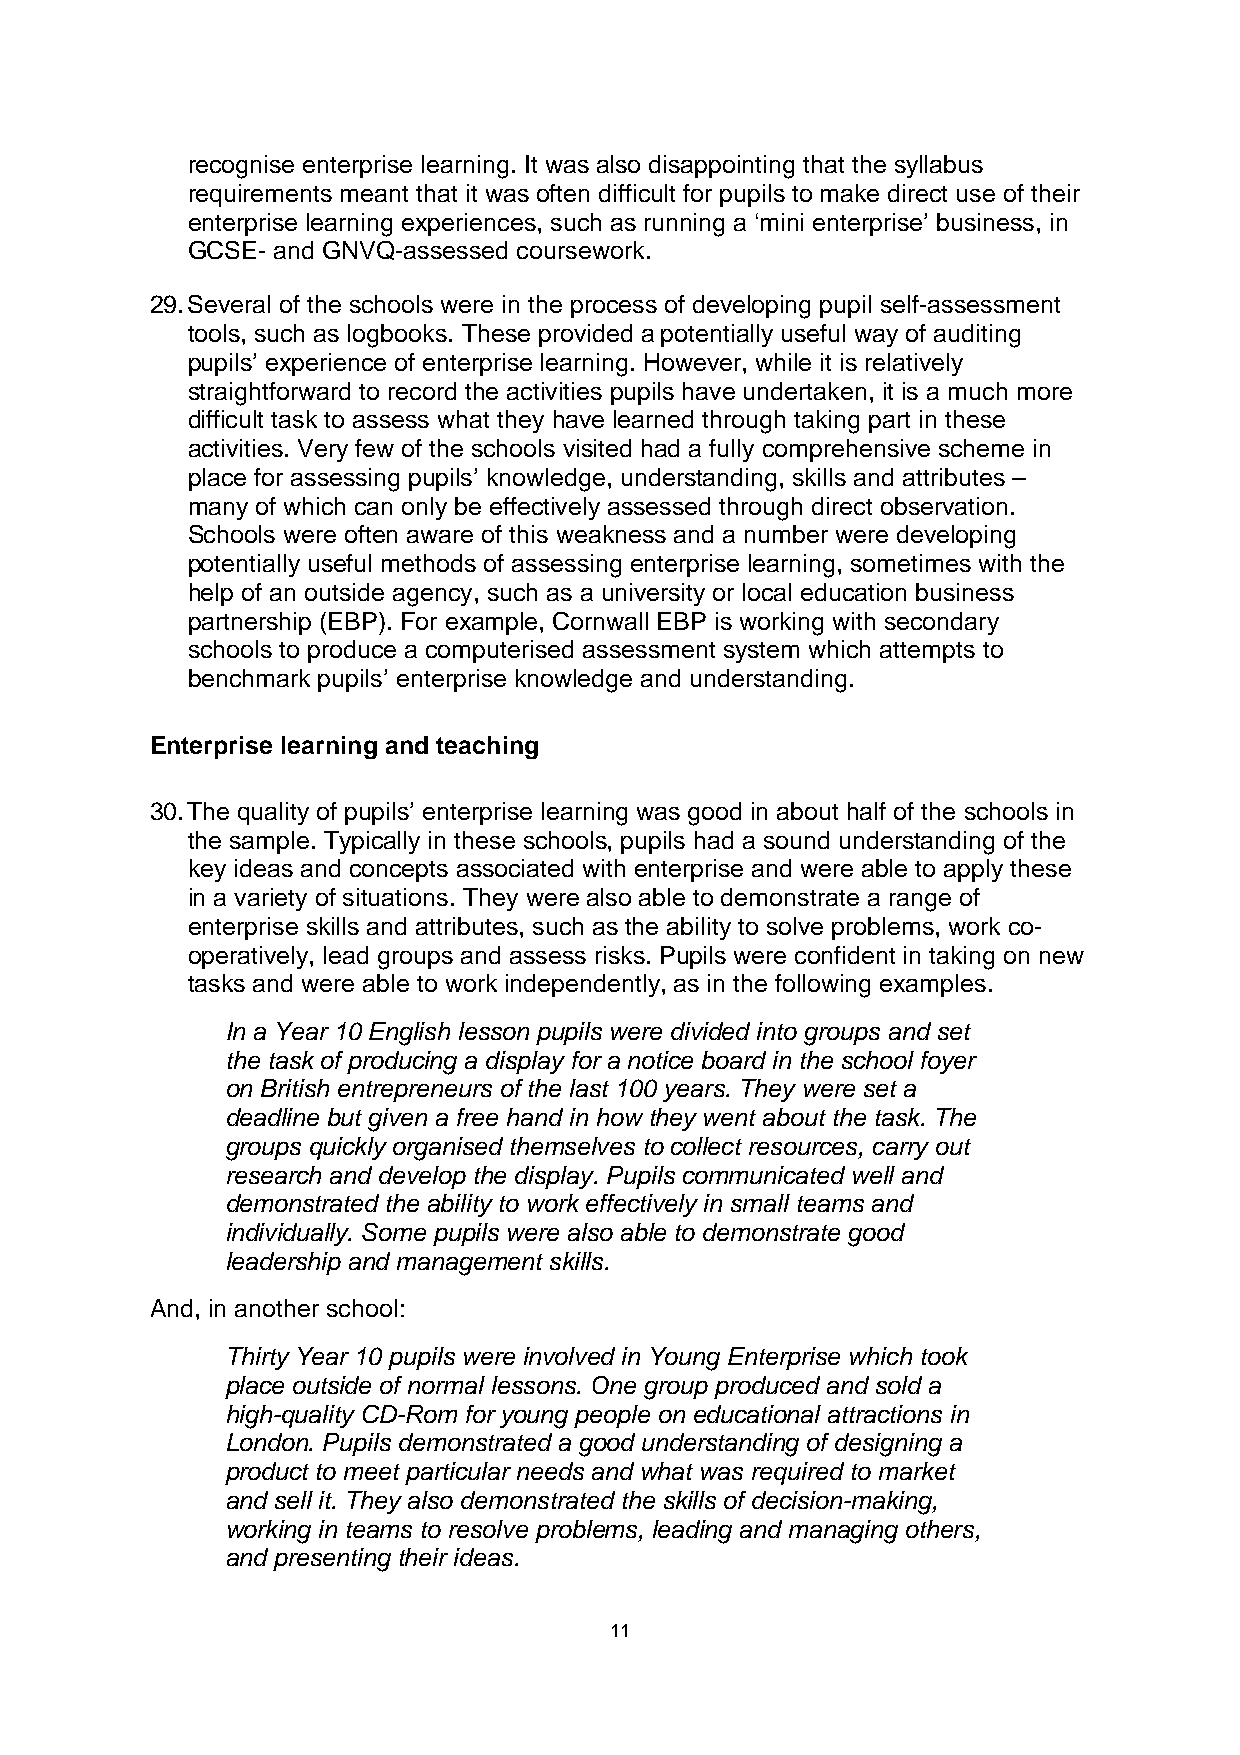
recognise enterprise learning. It was also disappointing that the syllabus
 requirements meant that it was often difficult for pupils to make direct use of their
 enterprise learning experiences, such as running a ‘mini enterprise’ business, in
 GCSE- and GNVQ-assessed coursework.
 29. Several of the schools were in the process of developing pupil self-assessment
 tools, such as logbooks. These provided a potentially useful way of auditing
 pupils’ experience of enterprise learning. However, while it is relatively
 straightforward to record the activities pupils have undertaken, it is a much more
 difficult task to assess what they have learned through taking part in these
 activities. Very few of the schools visited had a fully comprehensive scheme in
 place for assessing pupils’ knowledge, understanding, skills and attributes –
 many of which can only be effectively assessed through direct observation.
 Schools were often aware of this weakness and a number were developing
 potentially useful methods of assessing enterprise learning, sometimes with the
 help of an outside agency, such as a university or local education business
 partnership (EBP). For example, Cornwall EBP is working with secondary
 schools to produce a computerised assessment system which attempts to
 benchmark pupils’ enterprise knowledge and understanding.
 Enterprise learning and teaching
 30. The quality of pupils’ enterprise learning was good in about half of the schools in
 the sample. Typically in these schools, pupils had a sound understanding of the
 key ideas and concepts associated with enterprise and were able to apply these
 in a variety of situations. They were also able to demonstrate a range of
 enterprise skills and attributes, such as the ability to solve problems, work co-
 operatively, lead groups and assess risks. Pupils were confident in taking on new
 tasks and were able to work independently, as in the following examples.
 In a Year 10 English lesson pupils were divided into groups and set
 the task of producing a display for a notice board in the school foyer
 on British entrepreneurs of the last 100 years. They were set a
 deadline but given a free hand in how they went about the task. The
 groups quickly organised themselves to collect resources, carry out
 research and develop the display. Pupils communicated well and
 demonstrated the ability to work effectively in small teams and
 individually. Some pupils were also able to demonstrate good
 leadership and management skills.
 And, in another school:
 Thirty Year 10 pupils were involved in Young Enterprise which took
 place outside of normal lessons. One group produced and sold a
 high-quality CD-Rom for young people on educational attractions in
 London. Pupils demonstrated a good understanding of designing a
 product to meet particular needs and what was required to market
 and sell it. They also demonstrated the skills of decision-making,
 working in teams to resolve problems, leading and managing others,
 and presenting their ideas.
 11